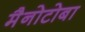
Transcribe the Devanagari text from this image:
मैनोटोबा